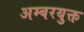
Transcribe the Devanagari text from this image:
अम्बरयुक्त